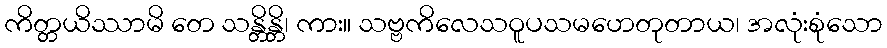
ကိတ္တယိဿာမိ တေ သန္တိန္တိ၊ ကား။ သဗ္ဗကိလေသဝူပသမဟေတုတာယ၊ အလုံးစုံသော